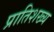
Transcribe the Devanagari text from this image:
प्रातिशख्य